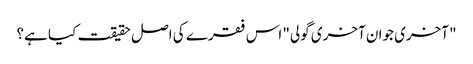
"آخری جوان آخری گولی" اس فقرے کی اصل حقیقت کیا ہے؟